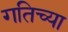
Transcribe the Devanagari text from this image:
गतिच्या